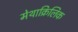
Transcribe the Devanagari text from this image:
मेथाक्रिलिक